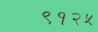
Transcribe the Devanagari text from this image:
९१२५